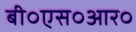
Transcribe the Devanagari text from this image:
बी०एस०आर०